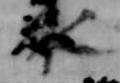
録